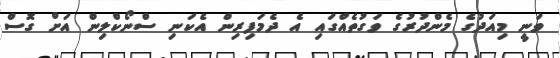
ވަނީ މިއަދުގެ މެންދުރުގެ ވަގުތެއްގައި އެ ދެމަފިރިން އެކަނި ސްނޯކްލިން އަށް ގޮސް